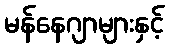
မန်နေဂျာများနှင့်